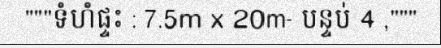
"""ទំហំផ្ទះ : 7.5m x 20m- បន្ទប់ 4 ,"""